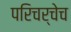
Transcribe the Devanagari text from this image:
परिचर्चेच